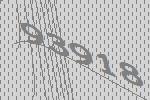
93918